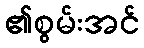
၏စွမ်းအင်